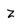
Character: z